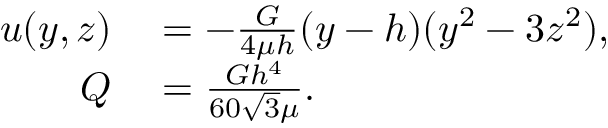
\begin{array} { r l } { u ( y , z ) } & { { } = - { \frac { G } { 4 \mu h } } ( y - h ) ( y ^ { 2 } - 3 z ^ { 2 } ) , } \\ { Q } & { { } = { \frac { G h ^ { 4 } } { 6 0 { \sqrt { 3 } } \mu } } . } \end{array}